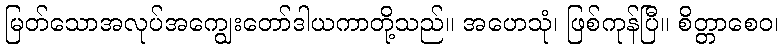
မြတ်သောအလုပ်အကျွေးတော်ဒါယကာတို့သည်။ အဟေသုံ၊ ဖြစ်ကုန်ပြီ။ စိတ္တာစေဝ၊